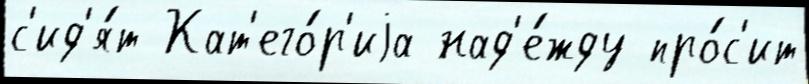
с'ид'я́т Кат'его́р'иjа над'е́жду про́с'ит